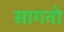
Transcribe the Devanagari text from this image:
सागतो